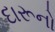
દારૂનો